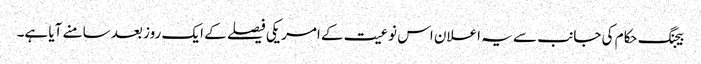
بیجنگ حکام کی جانب سے یہ اعلان اس نوعیت کے امریکی فیصلے کے ایک روز بعد سامنے آیا ہے۔